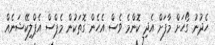
ހެދުނު ގޯހަށް މާފަށް އެދި ކޮންމެ ވެސް އެހެން ގޮތަކުން މެޕްސް އެޕްލިކޭޝަނެއް